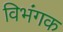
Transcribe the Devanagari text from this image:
विभंगक